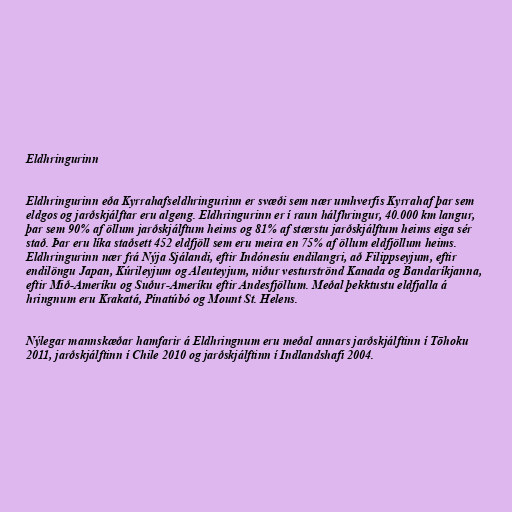
Eldhringurinn

Eldhringurinn eða Kyrrahafseldhringurinn er svæði sem nær umhverfis Kyrrahaf þar sem
eldgos og jarðskjálftar eru algeng. Eldhringurinn er í raun hálfhringur, 40.000 km langur,
þar sem 90% af öllum jarðskjálftum heims og 81% af stærstu jarðskjálftum heims eiga sér
stað. Þar eru líka staðsett 452 eldfjöll sem eru meira en 75% af öllum eldfjöllum heims.
Eldhringurinn nær frá Nýja Sjálandi, eftir Indónesíu endilangri, að Filippseyjum, eftir
endilöngu Japan, Kúrileyjum og Aleuteyjum, niður vesturströnd Kanada og Bandaríkjanna,
eftir Mið-Ameríku og Suður-Ameríku eftir Andesfjöllum. Meðal þekktustu eldfjalla á
hringnum eru Krakatá, Pínatúbó og Mount St. Helens.

Nýlegar mannskæðar hamfarir á Eldhringnum eru meðal annars jarðskjálftinn í Tōhoku
2011, jarðskjálftinn í Chile 2010 og jarðskjálftinn í Indlandshafi 2004.